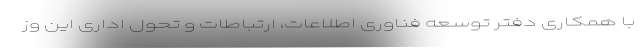
با همکاری دفتر توسعه فناوری اطلاعات، ارتباطات و تحول اداری این وز